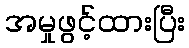
အမှုဖွင့်ထားပြီး